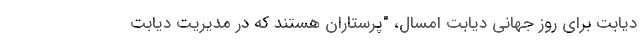
دیابت برای روز جهانی دیابت امسال، "پرستاران هستند که در مدیریت دیابت